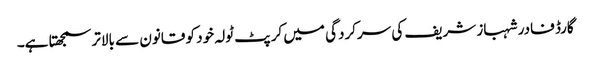
گارڈ فادر شہباز شریف کی سرکردگی میں کرپٹ ٹولہ خود کو قانون سے بالاتر سمجھتا ہے۔